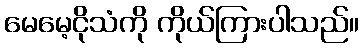
မေမေ့ငိုသံကို ကိုယ်ကြားပါသည်။